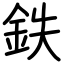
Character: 鉄